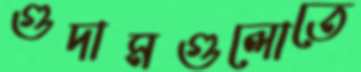
গুদামগুলোতে